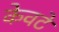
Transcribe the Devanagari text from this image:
केवटे